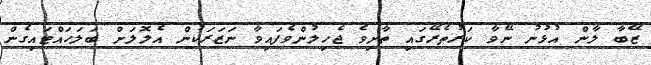
ޒޭބާ ލާން އުޅުނު ނޭވާ ކަރުތެރޭގައި ތާށިވެ ޖެހިލުންވެފައިވާ ނަޒަރަކުން އެލޮލަށް ބަލަހައްޓައިގެން